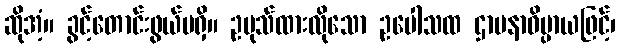
ဆိုအံ့။ ခွင့်တောင်းဖွယ်မရှိ။ ဥပုသ်ထားလိုသော ဥပေါသထ ဌာပနာဓိပ္ပာယဖြင့်၊